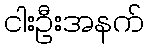
ငါးဦးအနက်